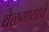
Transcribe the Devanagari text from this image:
बेळगावाचे